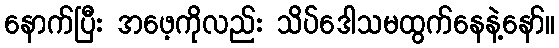
နောက်ပြီး အဖေ့ကိုလည်း သိပ်ဒေါသမထွက်နေနဲ့နော်။